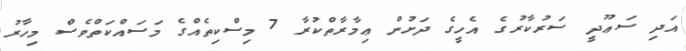
އަދި ސަޢޫދީ ސަރުކާރުގެ އެހީގެ ދަށުން ޢިމާރާތްކުރާ 7 މިސްކިތެއްގެ މަސައްކަތްވެސް މިހާރު